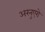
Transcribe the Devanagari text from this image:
अरनुएरो